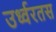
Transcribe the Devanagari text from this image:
उर्ध्वरतस